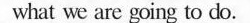
what we are going to do.